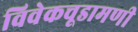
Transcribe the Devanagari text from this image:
विवेकचूडामणी